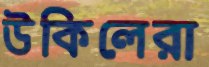
উকিলেরা